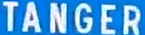
TANGER